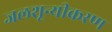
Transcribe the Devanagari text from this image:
जलशून्यीकरण